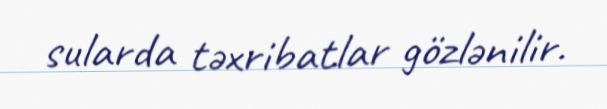
sularda təxribatlar gözlənilir.